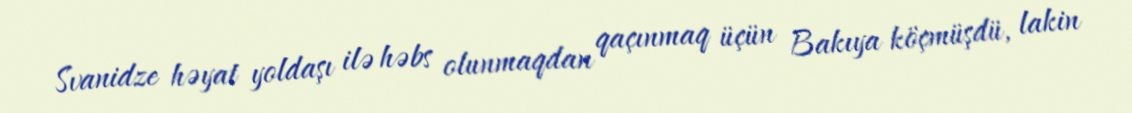
Svanidze həyat yoldaşı ilə həbs olunmaqdan qaçınmaq üçün Bakıya köçmüşdü, lakin